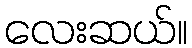
လေးဆယ်။